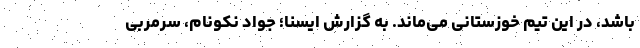
باشد، در این تیم خوزستانی می‌ماند. به گزارش ایسنا؛ جواد نکونام، سرمربی